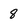
Character: 8